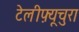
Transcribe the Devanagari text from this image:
टेलीफ़्यूचुरा